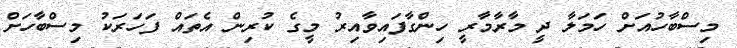
މިސްބާހުއަށް ހަމަލާ ދީ މާރާމާރީ ހިންގާފައިވާއިރު މީގެ ކުރިން އެތައް ފަހަރަކު މިސްބާހަށް